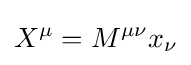
X^{\mu }=M^{\mu \nu }x_{\nu }